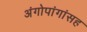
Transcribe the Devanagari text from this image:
अंगोपांगांसह